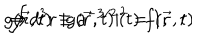
g ( \vec { r } , t ) \equiv a ^ { - 3 / 2 } ( t ) \ f ( \vec { r } , t ) \hspace { 0 . 7 5 c m } \Rightarrow \hspace { 0 . 7 5 c m } \int d ^ { 3 } r \ | g ( \vec { r } , t ) | ^ { 2 } = 1 ,